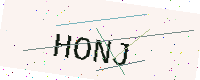
Text: HONJ